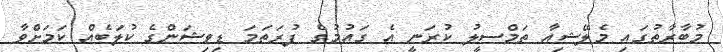
މުބާރާތުގައި މެލޭޝިއާ ތަމްސީލު ކުރަނީ އެ ގައުމުގެ ފުރަތަމަ ޑިވިޝަންގެ ކުލަބެއް ކަމަށްވާ